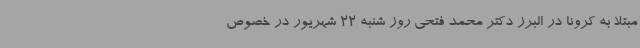
مبتلا به کرونا در البرز دکتر محمد فتحی روز شنبه 22 شهریور در خصوص